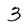
Character: 3